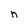
Character: h